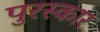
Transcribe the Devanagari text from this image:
पुरस्कार